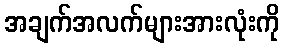
အချက်အလက်များအားလုံးကို